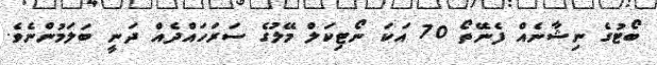
ބޯޓުގެ ނިޝާނެއް ފެނޭތޯ 70 އަކަ ނޯޓިކަލް މޭލުގެ ސަރަހައްދެއް ދަނީ ބަލަމުންނެވެ.